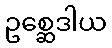
ဥစ္ဆေဒါယ